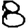
Digit: 8